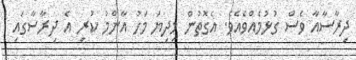
ދިރާސާއާ ވެސް ގުޅުމެއްވެއެވެ. އެގޮތުން މިދިޔަ މަހު އާންމު ކުރި އެ ދިރާސާގައި